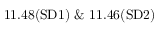
\mathrm { { 1 1 . 4 8 ( S D 1 ) ~ \& ~ 1 1 . 4 6 ( S D 2 ) } }